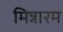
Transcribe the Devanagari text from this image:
मिन्नारम